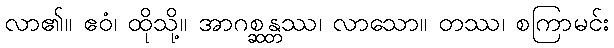
လာ၏။ ဧဝံ၊ ထိုသို့။ အာဂစ္ဆန္တဿ၊ လာသော။ တဿ၊ စကြာမင်း